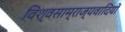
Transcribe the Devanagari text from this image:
विश्वसाम्राज्यवादियों